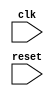
module Generate_For_Each #(parameter NUM_INSTANCES = 4)
(
    input wire clk,
    input wire reset,
    // additional module inputs and outputs
);

genvar i;

generate
    for (i = 0; i < NUM_INSTANCES; i = i + 1) begin
        // instantiate module or block here
        // specify different configuration or parameter values for each instance
        // example: module my_module #(.config_value(i)) instance_name();
    end
endgenerate

endmodule